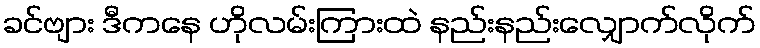
ခင်ဗျား ဒီကနေ ဟိုလမ်းကြားထဲ နည်းနည်းလျှောက်လိုက်